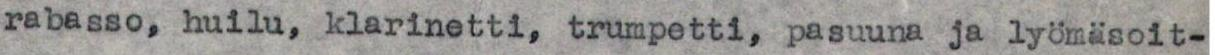
rabasso, huilu, klarinetti, trumpetti, pasuuna ja lyömäsoit-